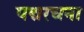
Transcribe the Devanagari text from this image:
पद्मरचना